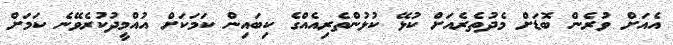
އެއަށް ވުރެން ބޮޑަށް މެދުތެރެއަށް ކުޅޭ ކުޅުންތެރިއެއްގެ ކިބައިން ކަމަކަށް އުއްމީދުކުރެވޭނެ ކަމަށް